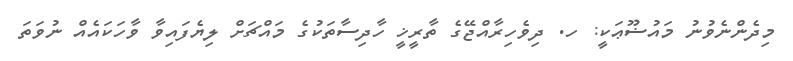
މިދެންނެވުނު މައުޟޫޢަކީ: ހ. ދިވެހިރާއްޖޭގެ ތާރީޚީ ހާދިސާތަކުގެ މައްޗަށް ލިޔެފައިވާ ވާހަކައެއް ނުވަތަ